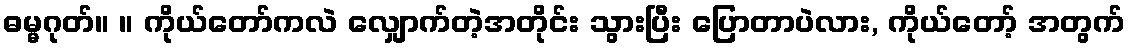
ဓမ္မဂုတ်။ ။ ကိုယ်တော်ကလဲ လျှောက်တဲ့အတိုင်း သွားပြီး ပြောတာပဲလား, ကိုယ်တော့် အတွက်